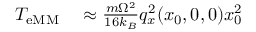
\begin{array} { r l } { T _ { \mathrm { e M M } } } & { { } \approx \frac { m \Omega ^ { 2 } } { 1 6 k _ { B } } q _ { x } ^ { 2 } ( x _ { 0 } , 0 , 0 ) x _ { 0 } ^ { 2 } } \end{array}